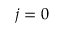
j = 0